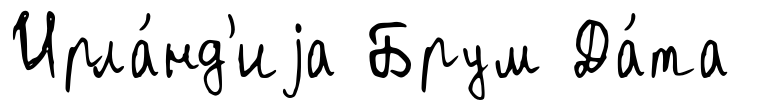
Ирла́нд'иjа Брум Да́та